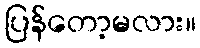
ပြန်တော့မလား။